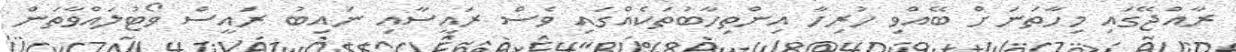
ރާއްޖޭގައި މިހާތަނަށް ބޭއްވި ހުރިހާ އިންތިހާބުތަކެއްގައި ވެސް ރައީސާއި ނައިބު ރައީސް ވޯޓުލައްވާތަން